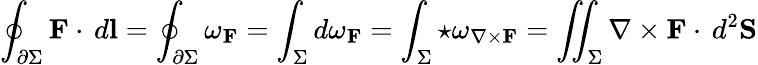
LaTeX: \oint_{\partial\Sigma}{\mathbf{F}\cdot\, d\mathbf{l}}=\oint_{\partial\Sigma}{\omega_{\mathbf{F}}}=\int_{\Sigma}{d\omega_{\mathbf{F}}}=\int_{\Sigma}{\star\omega_{\nabla\times\mathbf{F}}}=\iint_{\Sigma}{\nabla\times\mathbf{F}\cdot\, d^{2}\mathbf{S}}